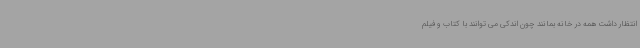
انتظار داشت همه در خانه بمانند چون اندکی می توانند با کتاب و فیلم